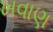
ખવાણ